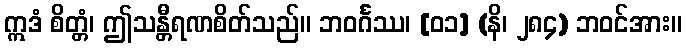
ဣဒံ စိတ္တံ၊ ဤသန္တီရဏစိတ်သည်။ ဘဝင်္ဂဿ၊ [၀၁] (နိ၊ ၂၈၄) ဘဝင်အား။